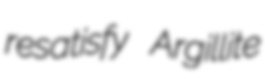
resatisfy Argillite